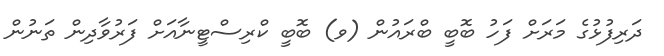
ދަރިފުޅުގެ މަރަށް ފަހު ބޮބީ ބްރައުން (ވ) ބޮބީ ކްރިސްޓީނާއަށް ފަރުވާދިން ތަނުން